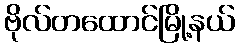
ဗိုလ်တထောင်မြို့နယ်